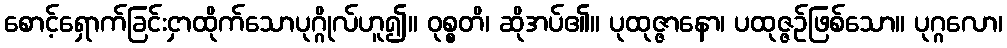
စောင့်ရှောက်ခြင်းငှာထိုက်သောပုဂ္ဂိုလ်ဟူ၍။ ဝုစ္စတိ၊ ဆိုအပ်၏။ ပုထုဇ္ဇာနော၊ ပထုဇ္ဇဉ်ဖြစ်သော။ ပုဂ္ဂလော၊